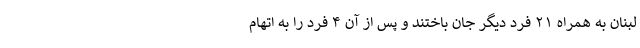
لبنان به همراه ۲۱ فرد دیگر جان باختند و پس از آن ۴ فرد را به اتهام